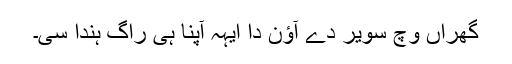
گھراں وچ سویر دے آؤن دا ایہہ آپنا ہی راگ ہُندا سی۔